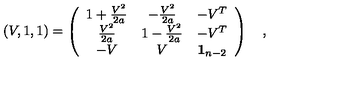
\left( V , 1 , 1 \right) = \left( \begin{array} { c c c } { 1 + \frac { V ^ { 2 } } { 2 a } } & { - \frac { V ^ { 2 } } { 2 a } } & { - V ^ { T } } \\ { \frac { V ^ { 2 } } { 2 a } } & { 1 - \frac { V ^ { 2 } } { 2 a } } & { - V ^ { T } } \\ { - V } & { V } & { { \bf 1 } _ { n - 2 } } \\ \end{array} \right) \quad ,